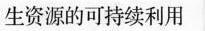
生资源的可持续利用